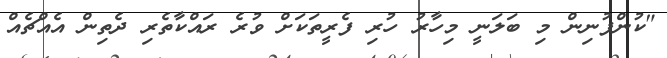
"ކުންފުނިން މި ބަލަނީ މިހާރު ހުރި ފެރީތަކަށް ވުރެ ރައްކާތެރި ދެތިން އެއްޗެއް